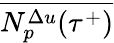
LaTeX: \overline{{N_{p}^{\Delta u}(\tau^{+})}}